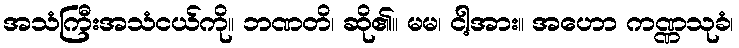
အသံကြီးအသံငယ်ကို။ ဘဏတိ၊ ဆို၏။ မမ၊ ငါ့အား။ အဟော ကဏ္ဏသုခံ၊